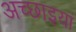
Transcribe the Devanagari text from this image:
अच्छाइयां